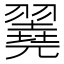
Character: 𦒏